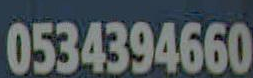
0534394660